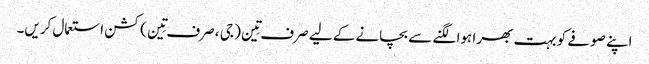
اپنے صوفے کو بہت بھرا ہوا لگنے سے بچانے کے لیے صرف تِین ( جی ، صرف تِین ) کشن استعمال کریں۔